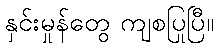
နှင်းမှုန်တွေ ကျစပြုပြီ။